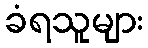
ခံရသူများ